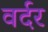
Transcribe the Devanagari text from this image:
वर्दर